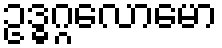
ဥဒ္ဓဂ္ဂလောမော